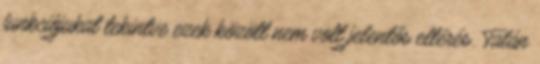
funkciójukat tekintve ezek között nem volt jelentős eltérés. Talán